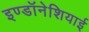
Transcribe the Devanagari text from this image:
इण्डॉनेशियाई